画像に写った文字を読んでください
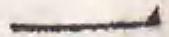
「一」と書いてあります